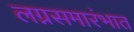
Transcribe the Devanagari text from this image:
लग्नसमारंभात